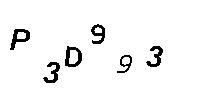
P3D993